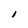
Character: I